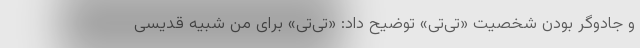
و جادوگر بودن شخصیت «تی‌تی» توضیح داد: «تی‌تی» برای من شبیه قدیسی